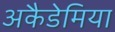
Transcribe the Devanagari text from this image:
अकैडेमिया